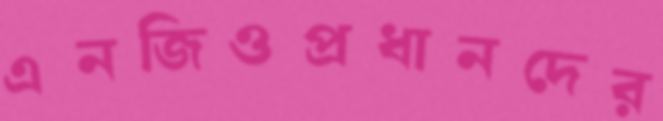
এনজিওপ্রধানদের